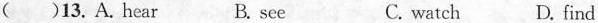
( )13. A. hear B. see C. watch D. find